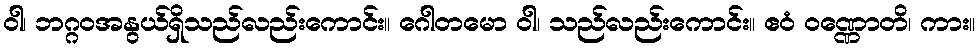
ဝါ၊ ဘဂ္ဂဝအနွယ်ရှိသည်လည်းကောင်း။ ဂေါတမော ဝါ၊ သည်လည်းကောင်း။ ဧဝံ ဝဏ္ဏောတိ၊ ကား။